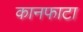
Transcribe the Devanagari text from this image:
कानफाटा